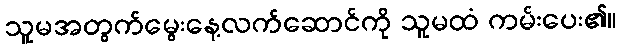
သူမအတွက်မွေးနေ့လက်ဆောင်ကို သူမထံ ကမ်းပေး၏။